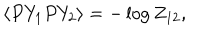
\langle P Y _ { 1 } P Y _ { 2 } \rangle = - \log Z _ { 1 2 } ,